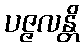
ပဇ္ဇလန္တိ